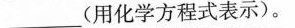
___(用化学方程式表示)。